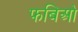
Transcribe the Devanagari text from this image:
फबिओ